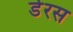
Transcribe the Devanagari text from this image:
डेरस